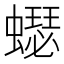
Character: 𧒓